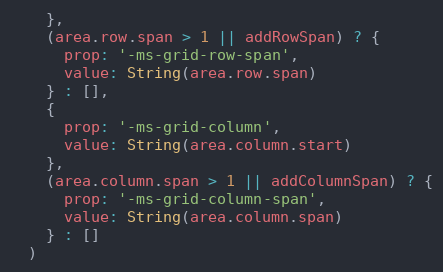
Language: JavaScript
    },
    (area.row.span > 1 || addRowSpan) ? {
      prop: '-ms-grid-row-span',
      value: String(area.row.span)
    } : [],
    {
      prop: '-ms-grid-column',
      value: String(area.column.start)
    },
    (area.column.span > 1 || addColumnSpan) ? {
      prop: '-ms-grid-column-span',
      value: String(area.column.span)
    } : []
  )